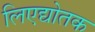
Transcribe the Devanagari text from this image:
लिएद्योतक